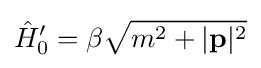
{\hat {H}}'_{0}=\beta {\sqrt {m^{2}+|\mathbf {p} |^{2}}}